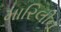
મારિલીન